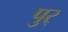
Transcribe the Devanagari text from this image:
पुर्